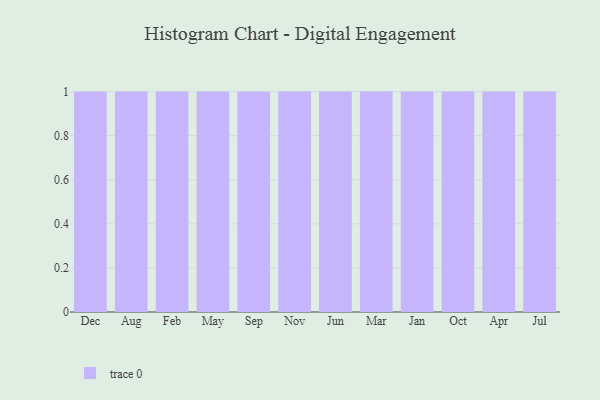
{"axis": {"x": "Month", "y": "Population (Million)"}, "legend": [""], "data": [{"x": "Dec", "y": 24, "type": ""}, {"x": "Aug", "y": 70, "type": ""}, {"x": "Feb", "y": 100, "type": ""}, {"x": "May", "y": 59, "type": ""}, {"x": "Sep", "y": 84, "type": ""}, {"x": "Nov", "y": 98, "type": ""}, {"x": "Jun", "y": 54, "type": ""}, {"x": "Mar", "y": 14, "type": ""}, {"x": "Jan", "y": 88, "type": ""}, {"x": "Oct", "y": 54, "type": ""}, {"x": "Apr", "y": 54, "type": ""}, {"x": "Jul", "y": 82, "type": ""}]}